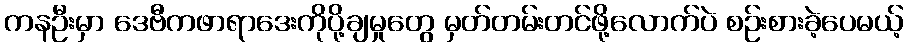
ကနဦးမှာ ဒေဗီကဖာရာဒေးကိုပို့ချမှုတွေ မှတ်တမ်းတင်ဖို့လောက်ပဲ စဉ်းစားခဲ့ပေမယ့်